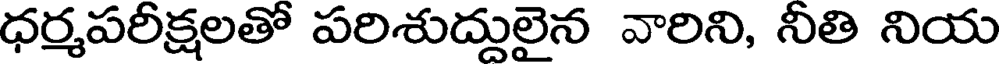
ధర్మపరీక్షలతో పరిశుద్దులైన వారిని, నీతి నియ